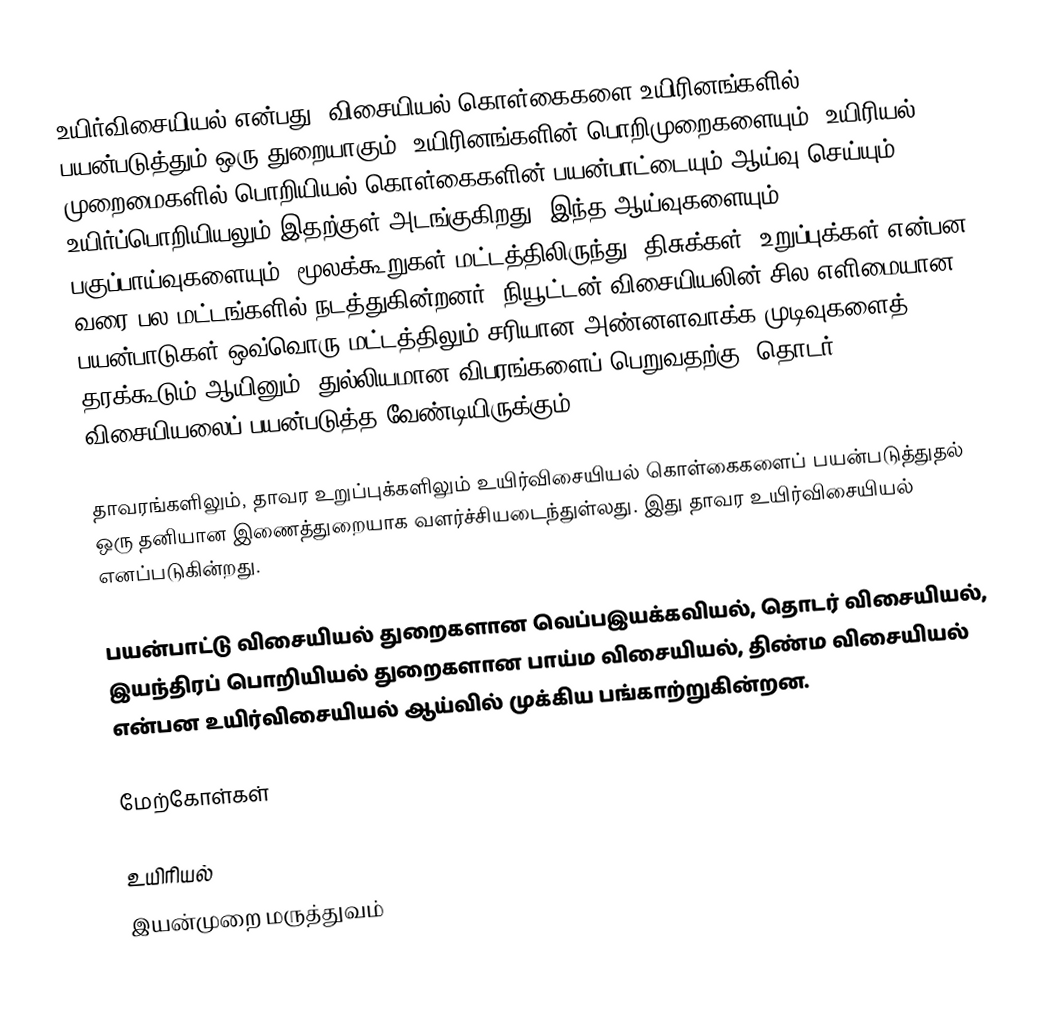
உயிர்விசையியல் என்பது, விசையியல் கொள்கைகளை உயிரினங்களில் பயன்படுத்தும் ஒரு துறையாகும். உயிரினங்களின் பொறிமுறைகளையும், உயிரியல் முறைமைகளில் பொறியியல் கொள்கைகளின் பயன்பாட்டையும் ஆய்வு செய்யும் உயிர்ப்பொறியியலும் இதற்குள் அடங்குகிறது. இந்த ஆய்வுகளையும், பகுப்பாய்வுகளையும், மூலக்கூறுகள் மட்டத்திலிருந்து, திசுக்கள், உறுப்புக்கள் என்பன வரை பல மட்டங்களில் நடத்துகின்றனர். நியூட்டன் விசையியலின் சில எளிமையான பயன்பாடுகள் ஒவ்வொரு மட்டத்திலும் சரியான அண்னளவாக்க முடிவுகளைத் தரக்கூடும் ஆயினும், துல்லியமான விபரங்களைப் பெறுவதற்கு, தொடர் விசையியலைப் பயன்படுத்த வேண்டியிருக்கும்.

தாவரங்களிலும், தாவர உறுப்புக்களிலும் உயிர்விசையியல் கொள்கைகளைப் பயன்படுத்துதல் ஒரு தனியான இணைத்துறையாக வளர்ச்சியடைந்துள்லது. இது தாவர உயிர்விசையியல் எனப்படுகின்றது.

பயன்பாட்டு விசையியல் துறைகளான வெப்பஇயக்கவியல், தொடர் விசையியல், இயந்திரப் பொறியியல் துறைகளான பாய்ம விசையியல், திண்ம விசையியல் என்பன உயிர்விசையியல் ஆய்வில் முக்கிய பங்காற்றுகின்றன.

மேற்கோள்கள்

உயிரியல்
இயன்முறை மருத்துவம்